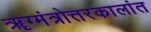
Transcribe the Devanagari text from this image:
ॠग्मंत्रोत्तरकालांत